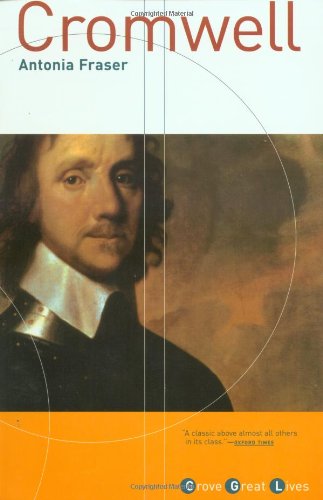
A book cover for Cromwell; Antonia Fraser; Biographies & Memoirs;